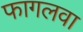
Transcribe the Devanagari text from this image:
फागलवा